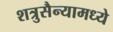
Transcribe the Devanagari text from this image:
शत्रुसैन्यामध्ये